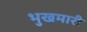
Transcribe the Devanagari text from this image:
भुखमारी